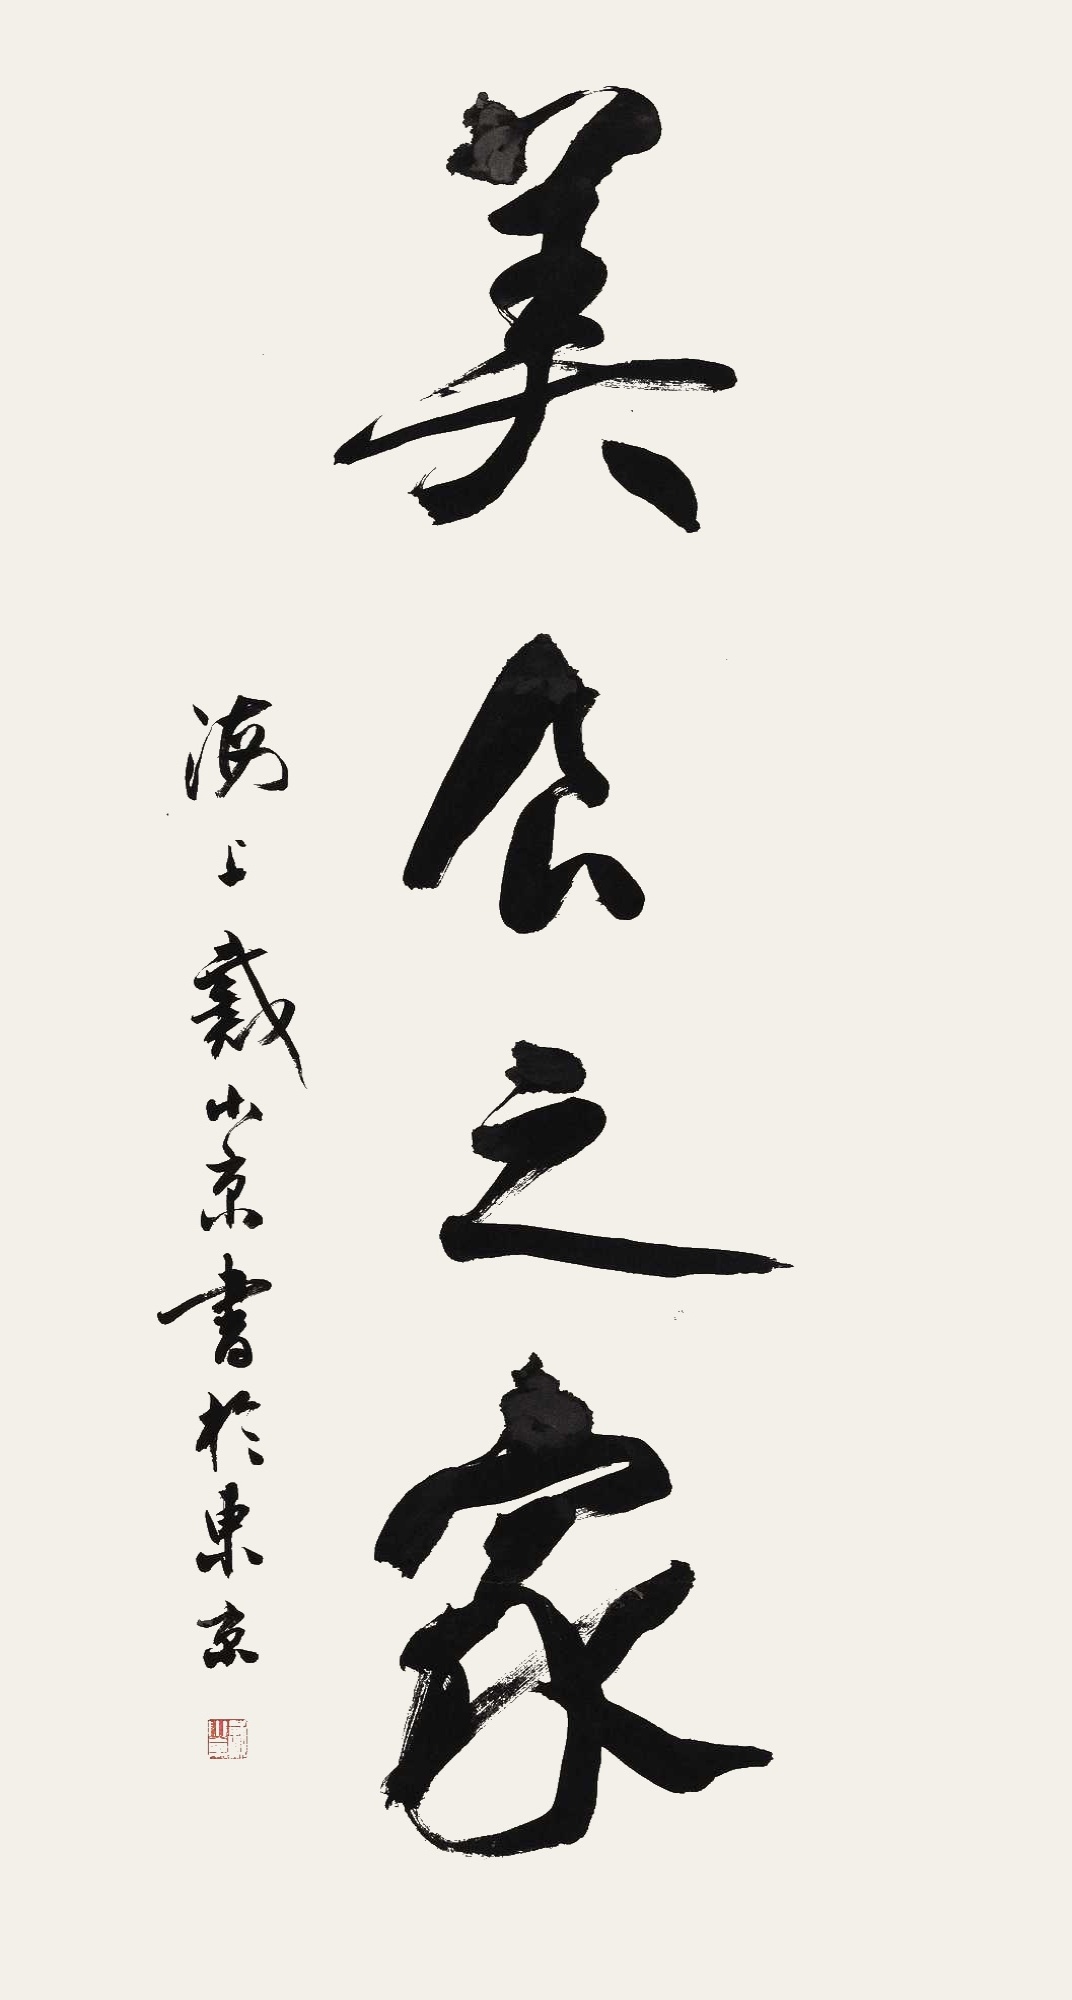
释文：美食之家海上戴小京书于东京。